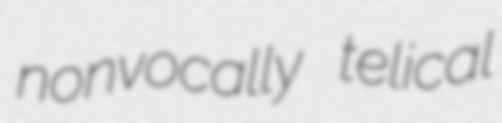
nonvocally telical